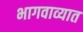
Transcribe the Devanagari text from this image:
भागवाव्यात